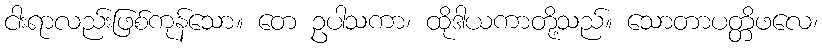
ငါးရာလည်းဖြစ်ကုန်သော။ တေ ဥပါသကာ၊ ထိုဒါယကာတို့သည်။ သောတာပတ္တိဖလေ၊